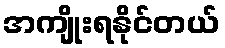
အကျိုးရနိုင်တယ်